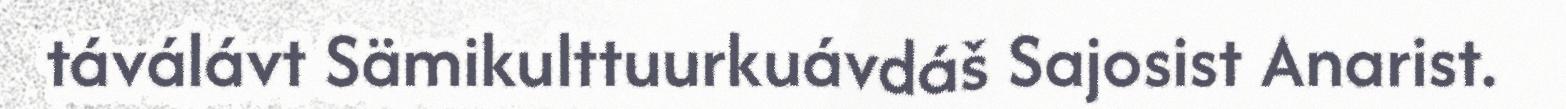
táválávt Sämikulttuurkuávdáš Sajosist Anarist.